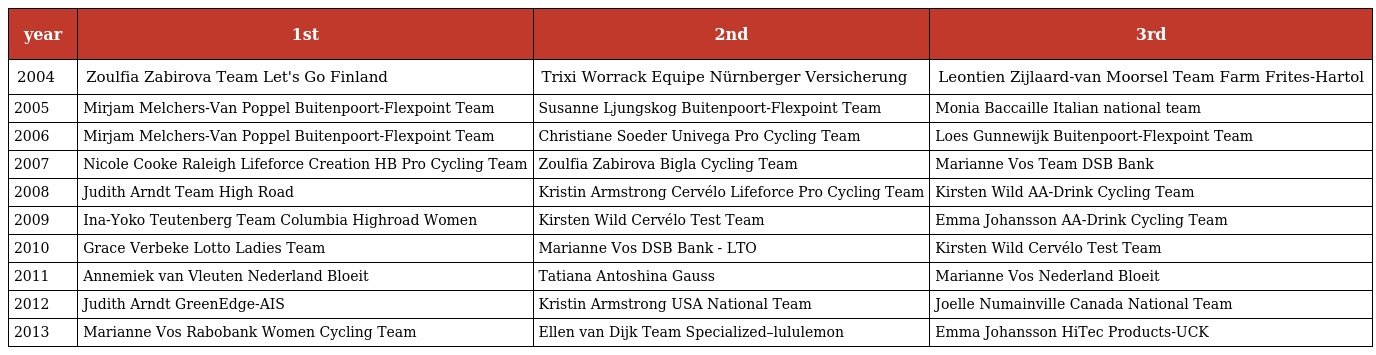
| year | 1st | 2nd | 3rd |
 | --- | --- | --- | --- |
 | 2004 | Zoulfia Zabirova Team Let's Go Finland | Trixi Worrack Equipe Nürnberger Versicherung | Leontien Zijlaard-van Moorsel Team Farm Frites-Hartol |
 | 2005 | Mirjam Melchers-Van Poppel Buitenpoort-Flexpoint Team | Susanne Ljungskog Buitenpoort-Flexpoint Team | Monia Baccaille Italian national team |
 | 2006 | Mirjam Melchers-Van Poppel Buitenpoort-Flexpoint Team | Christiane Soeder Univega Pro Cycling Team | Loes Gunnewijk Buitenpoort-Flexpoint Team |
 | 2007 | Nicole Cooke Raleigh Lifeforce Creation HB Pro Cycling Team | Zoulfia Zabirova Bigla Cycling Team | Marianne Vos Team DSB Bank |
 | 2008 | Judith Arndt Team High Road | Kristin Armstrong Cervélo Lifeforce Pro Cycling Team | Kirsten Wild AA-Drink Cycling Team |
 | 2009 | Ina-Yoko Teutenberg Team Columbia Highroad Women | Kirsten Wild Cervélo Test Team | Emma Johansson AA-Drink Cycling Team |
 | 2010 | Grace Verbeke Lotto Ladies Team | Marianne Vos DSB Bank - LTO | Kirsten Wild Cervélo Test Team |
 | 2011 | Annemiek van Vleuten Nederland Bloeit | Tatiana Antoshina Gauss | Marianne Vos Nederland Bloeit |
 | 2012 | Judith Arndt GreenEdge-AIS | Kristin Armstrong USA National Team | Joelle Numainville Canada National Team |
 | 2013 | Marianne Vos Rabobank Women Cycling Team | Ellen van Dijk Team Specialized–lululemon | Emma Johansson HiTec Products-UCK |